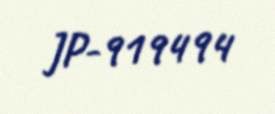
JP-919494